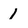
Character: 1